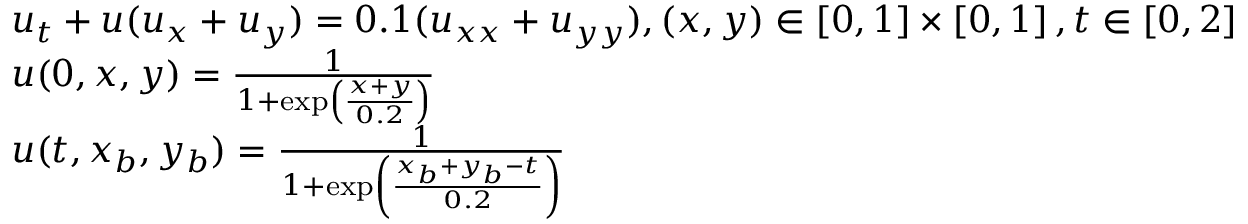
\begin{array} { l } { { u _ { t } } + u ( { u _ { x } } + { u _ { y } } ) = 0 . 1 ( { u _ { x x } } + { u _ { y y } } ) , \mathrm { { } } ( x , y ) \in \left[ { 0 , 1 } \right] \times \left[ { 0 , 1 } \right] , t \in \left[ { 0 , 2 } \right] } \\ { u ( 0 , x , y ) = \frac { 1 } { { 1 + \exp \left( { \frac { { x + y } } { { 0 . 2 } } } \right) } } } \\ { u ( t , { x _ { b } } , { y _ { b } } ) = \frac { 1 } { { 1 + \exp \left( { \frac { { { x _ { b } } + { y _ { b } } - t } } { { 0 . 2 } } } \right) } } } \end{array}